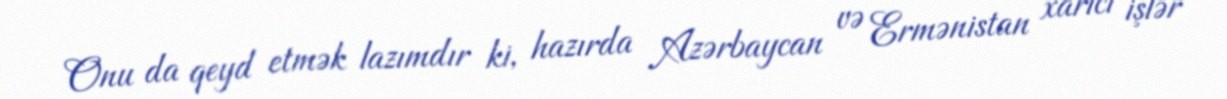
Onu da qeyd etmək lazımdır ki, hazırda Azərbaycan və Ermənistan xarici işlər